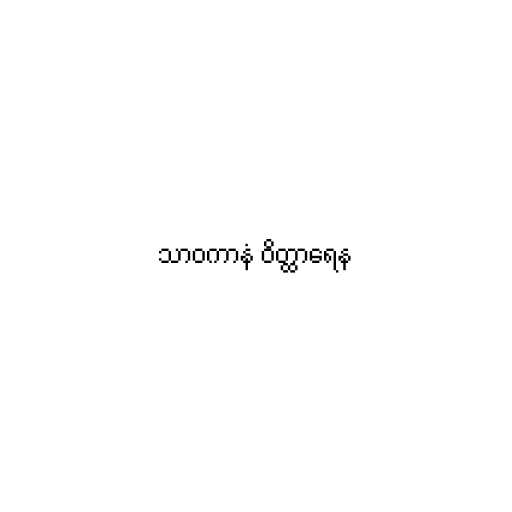
သာဝကာနံ ဝိတ္ထာရေန